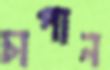
চাপান